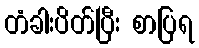
တံခါးပိတ်ပြီး စာပြရ